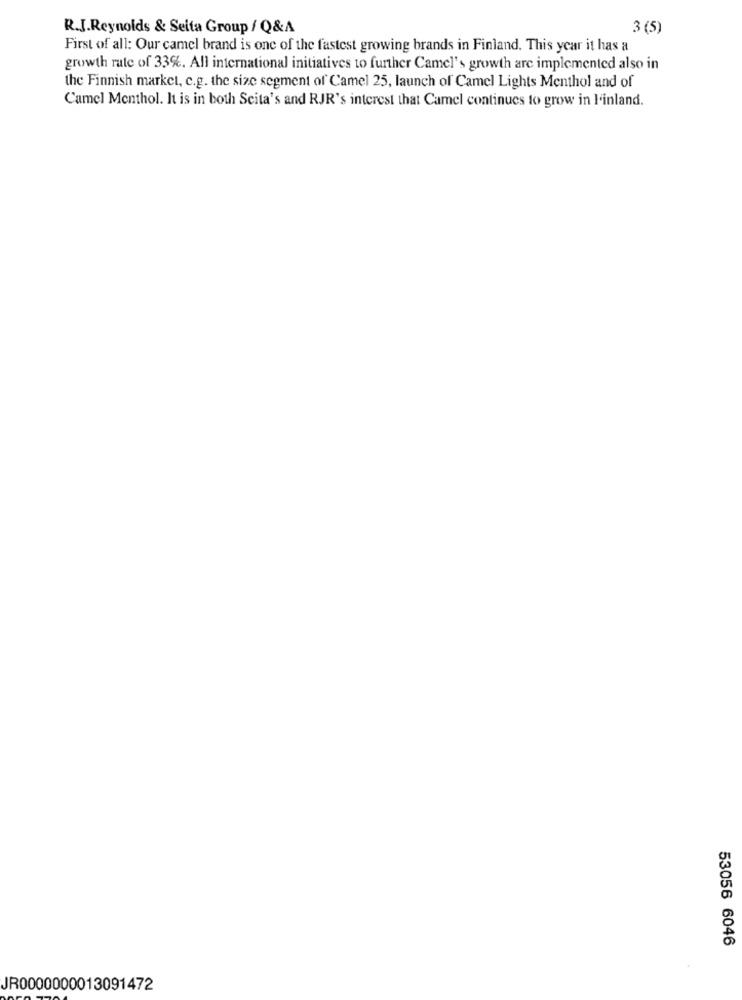
R.J.Reynolds & Seita Group / Q&A
3 (5)
First of all: Our camel brand is one of the fastest growing brands in Finland. This year it has a
growth rate of 33%. All international initiatives to further Camel's growth are implemented also in
the Finnish market, c.g. the size segment of Camel 25, launch of Camel Lights Menthol and of
Camel Menthol. It is in both Scita's and RJR's interest that Camel continues to grow in l'inland.
53056 6046
JR0000000013091472